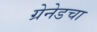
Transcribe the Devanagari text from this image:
ग्रेनेडचा